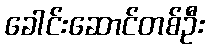
ခေါင်းဆောင်တစ်ဦး